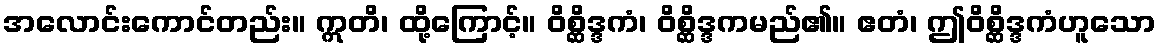
အလောင်းကောင်တည်း။ ဣတိ၊ ထို့ကြောင့်။ ဝိစ္ဆိဒ္ဒကံ၊ ဝိစ္ဆိဒ္ဒကမည်၏။ ဧတံ၊ ဤဝိစ္ဆိဒ္ဒကံဟူသော